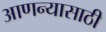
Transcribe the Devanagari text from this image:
आणन्यासाठी